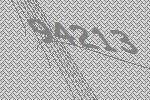
94213